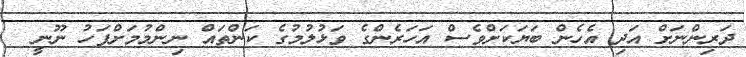
ދަރިންނަށް އަދި އެހެން ބަޔަކަށްވެސް އަހަރެންގެ ވަޅުލުމުގެ ކަންތައް ނިންމުމަށްފަހު ނޫނީ